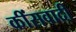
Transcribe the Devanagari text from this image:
कींसवादी